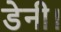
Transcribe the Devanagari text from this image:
डेनी।